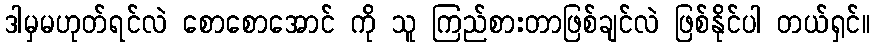
ဒါမှမဟုတ်ရင်လဲ စောစောအောင် ကို သူ ကြည်စားတာဖြစ်ချင်လဲ ဖြစ်နိုင်ပါ တယ်ရှင်။